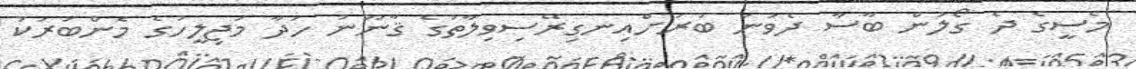
މެސީގެ ދެ ގޯލުން ބާސާ ދެވަނަ ބުރަށްއިނގިރޭސިވިލާތުގެ ޤާނޫނު ހަދާ މަޖިލީހުގެ މެންބަރަކު